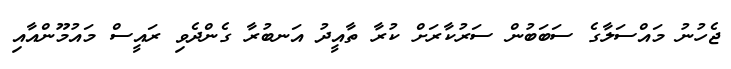
ޖެހުނު މައްސަލާގެ ސަބަބުން ސަރުކާރަށް ކުރާ ތާއީދު އަނބުރާ ގެންދެވި ރައީސް މައުމޫންއާއި